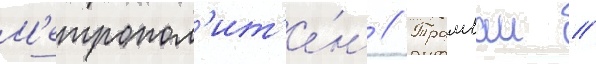
М'етропол'ит'е́н // Трамваи //